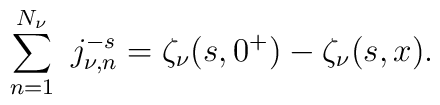
\sum_{n=1}^{N_{\nu}} \ j_{\nu,n}^{-s} =     \zeta_\nu(s,0^+) -  \zeta_\nu(s,x).